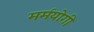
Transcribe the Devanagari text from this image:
मर्मयोगी